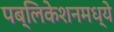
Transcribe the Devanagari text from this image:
पब्लिकेशनमध्ये